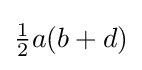
{\textstyle {\tfrac {1}{2}}a(b+d)}